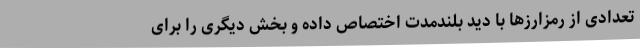
تعدادی از رمزارزها با دید بلندمدت اختصاص داده و بخش دیگری را برای